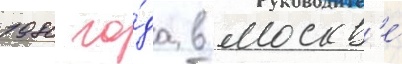
1980 го́да в москв'е́